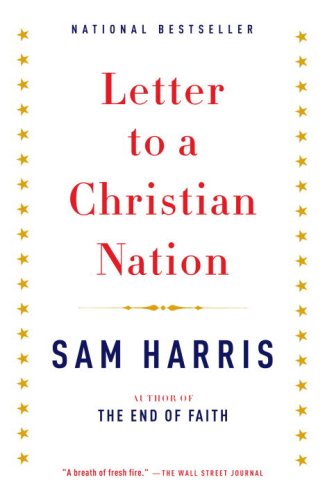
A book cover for Letter to a Christian Nation; Sam Harris; History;